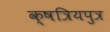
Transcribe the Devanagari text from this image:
क्षत्रियपुत्र